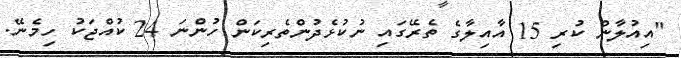
"އިއުލާން ކުރި 15 އާއިލާގެ ތެރޭގައި ނުކުޅެދުުންތެރިކަން ހުންނަ 24 ކުއްޖަކު ހިމެނޭ.